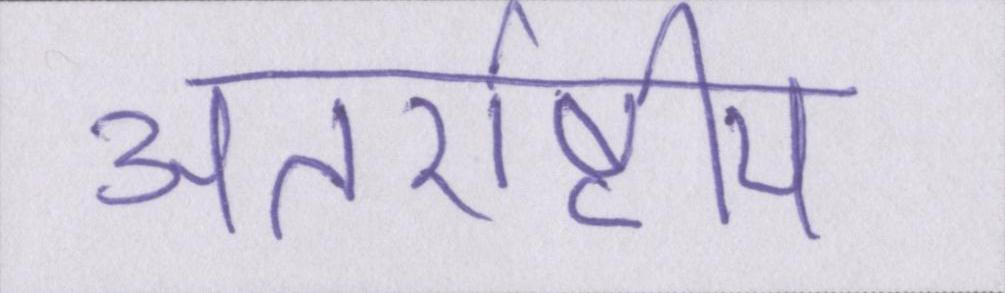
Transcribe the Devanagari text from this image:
अंतर्राष्ट्रीय